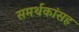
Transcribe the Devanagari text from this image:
समर्थकांसह